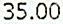
35.00